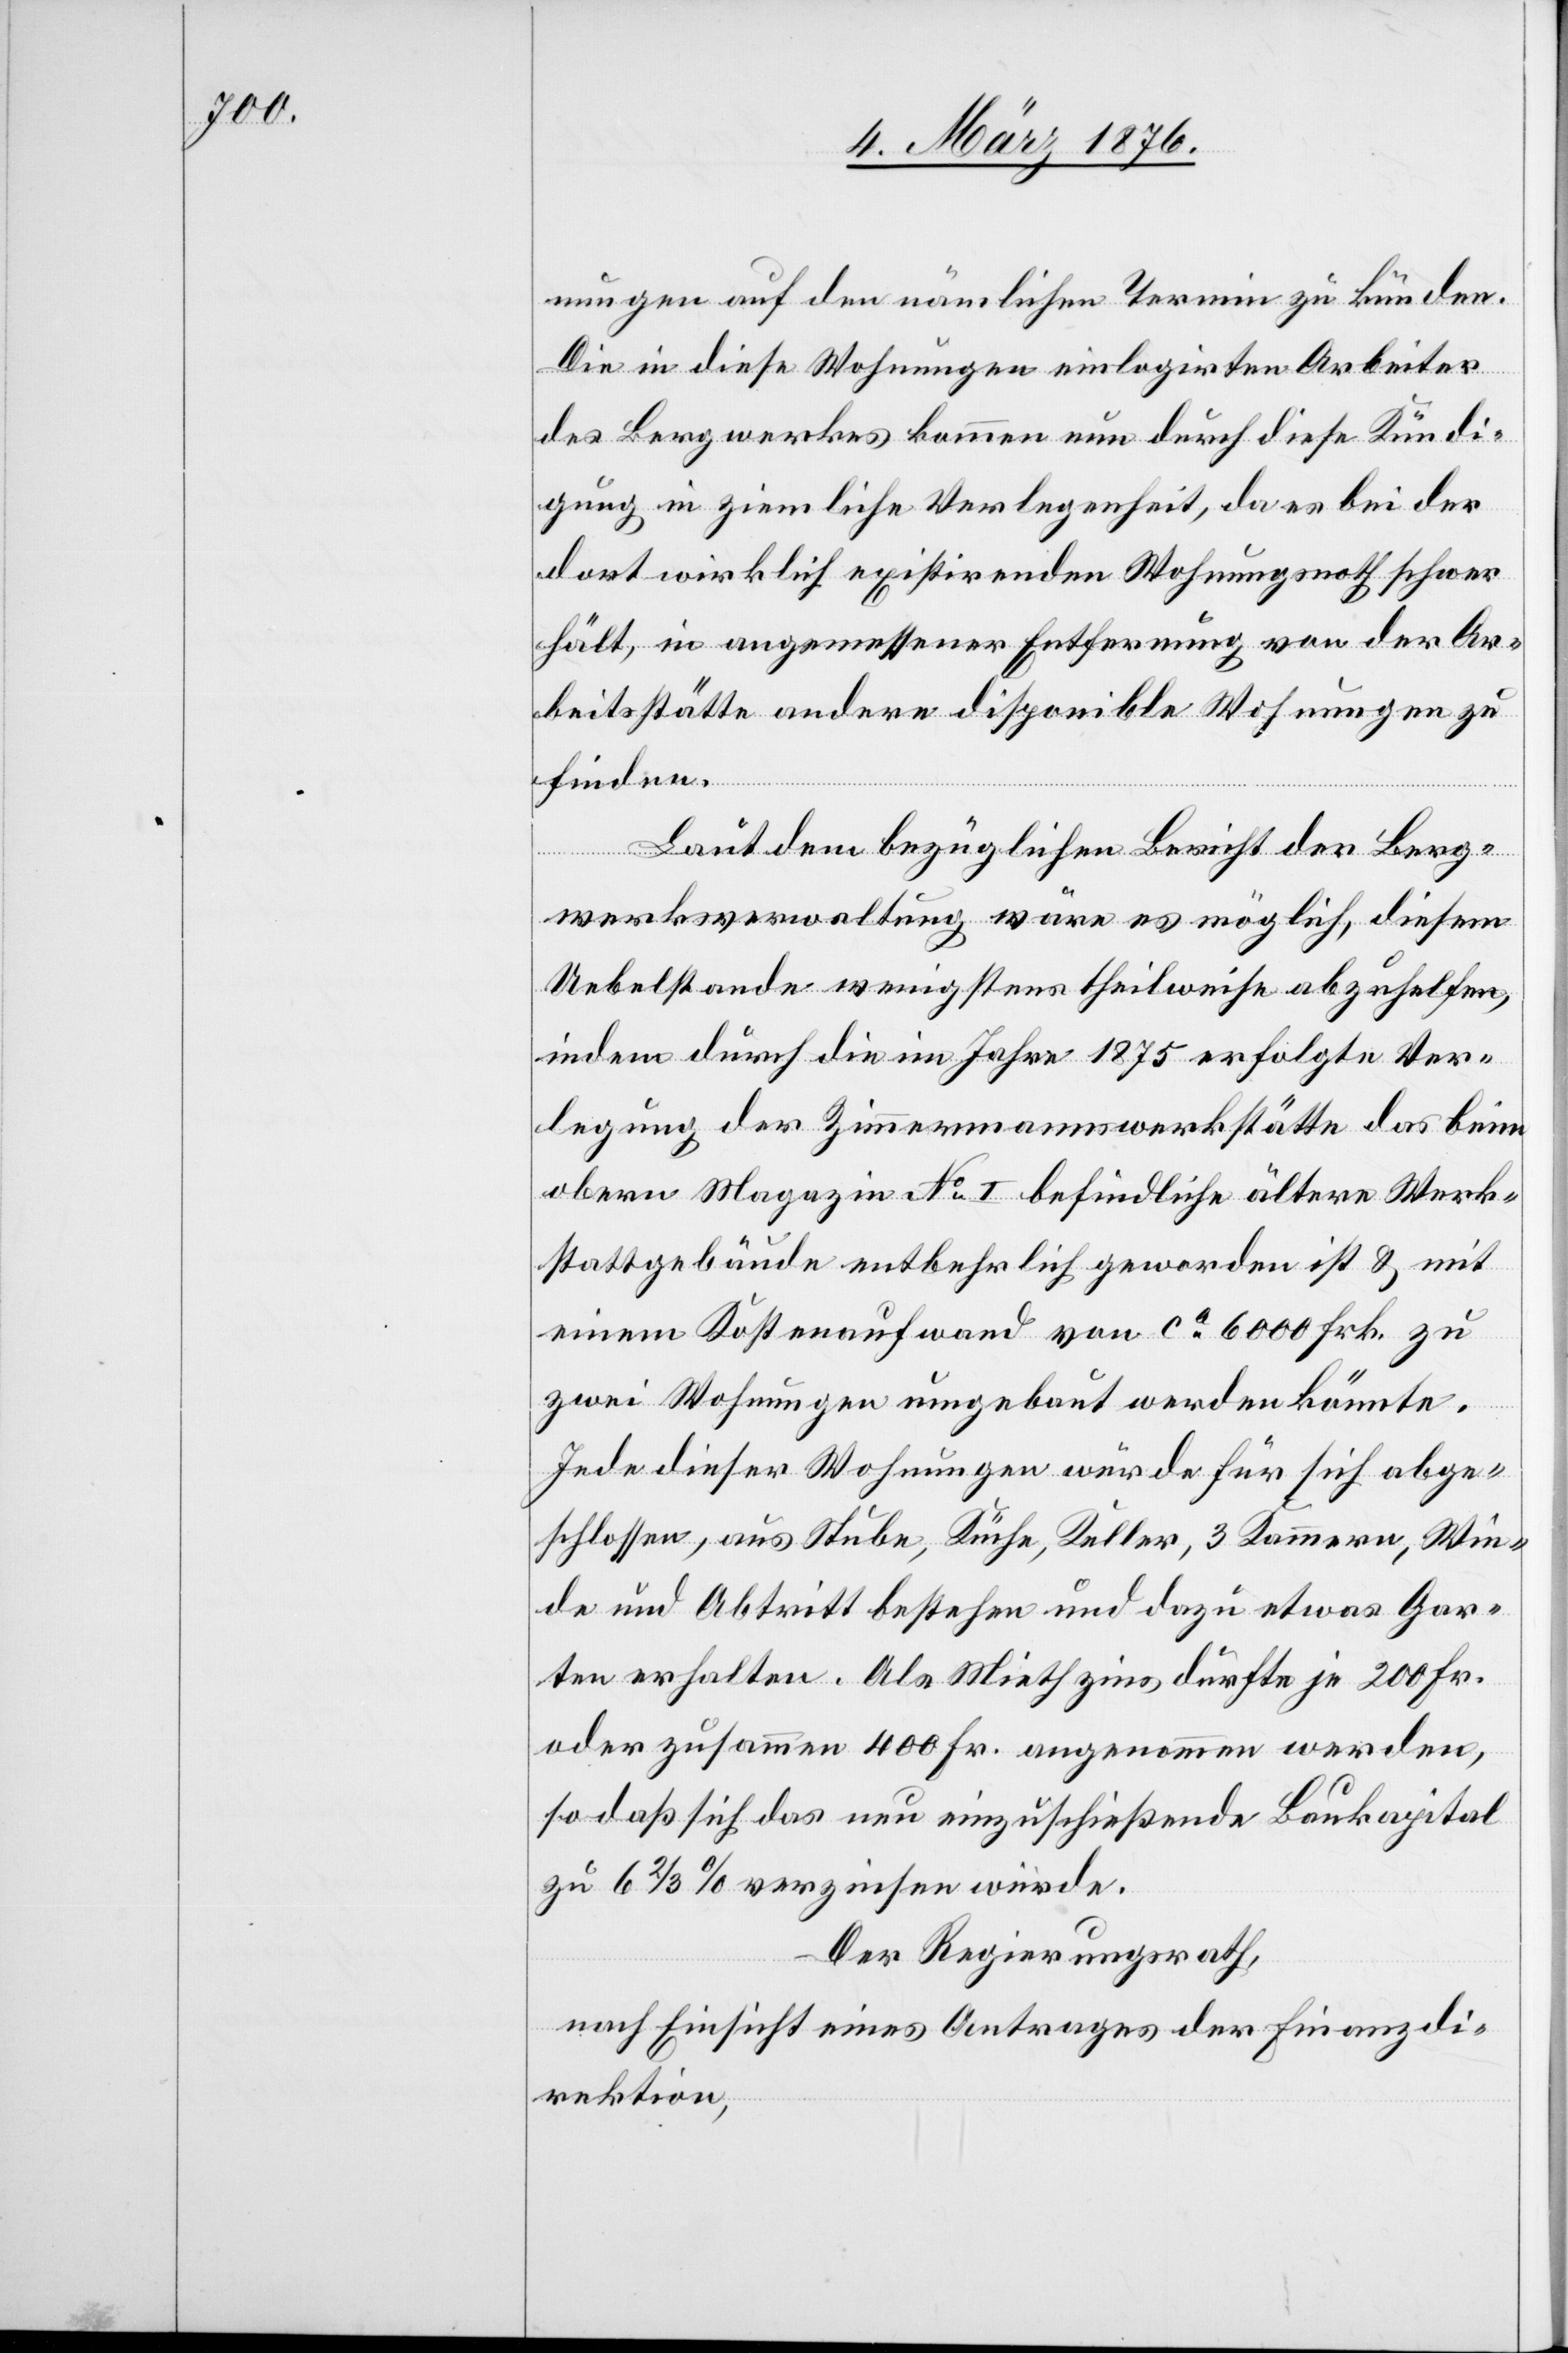
nungen auf den nämlichen Termin zu künden.
Die in diese Wohnungen einlogirten Arbeiter
des Bergwerkes kommen nun durch diese Kündi¬
gung in ziemliche Verlegenheit, da es bei der
dort wirklich existirenden Wohnungsnoth schwer
fällt, in angemessener Entfernung von der Ar¬
beitsstätte andere disponible Wohnungen zu
finden.
Laut dem bezüglichen Bericht der Berg¬
werksverwaltung wäre es möglich, diesem
Uebelstande wenigstens theilweise abzuhelfen,
indem durch die im Jahr 1875 erfolgte Ver¬
legung der Zimmermannswerkstätte das beim
obern Magazin No 1 befindliche ältere Werk¬
stattgebäude entbehrlich geworden ist & mit
einem Kostenaufwand von ca 6000 Frk. zu
zwei Wohnungen umgebaut werden könnte.
Jede dieser Wohnungen würde für sich abge¬
schlossen, aus Stube, Küche, Keller, 3 Kammern, Win¬
de und Abtritt bestehen und dazu etwas Gar¬
ten erhalten. Als Miethzins dürfte je 200 Fr.
oder zusammen 400 Fr. angenommen werden,
so daß sich das nun einzuschließende Baukapital
zu 6 2/3 % verzinsen würde.
Der Regierungsrath,
nach Einsicht eines Antrages der Finanzdi¬
rektion,